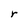
Character: r